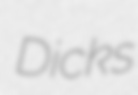
Dicks